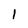
Character: 1